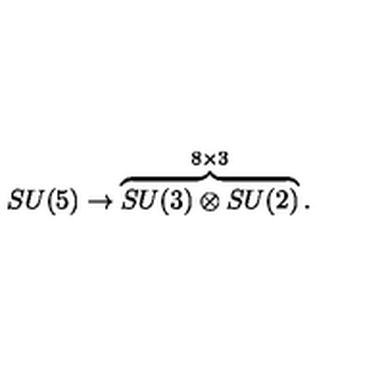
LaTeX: S U ( 5 ) \rightarrow \overbrace { S U ( 3 ) \otimes S U ( 2 ) } ^ { 8 \times 3 } .